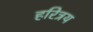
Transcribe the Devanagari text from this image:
हरित्रय